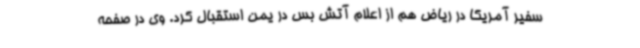
سفیر آمریکا در ریاض هم از اعلام آتش بس در یمن استقبال کرد. وی در صفحه